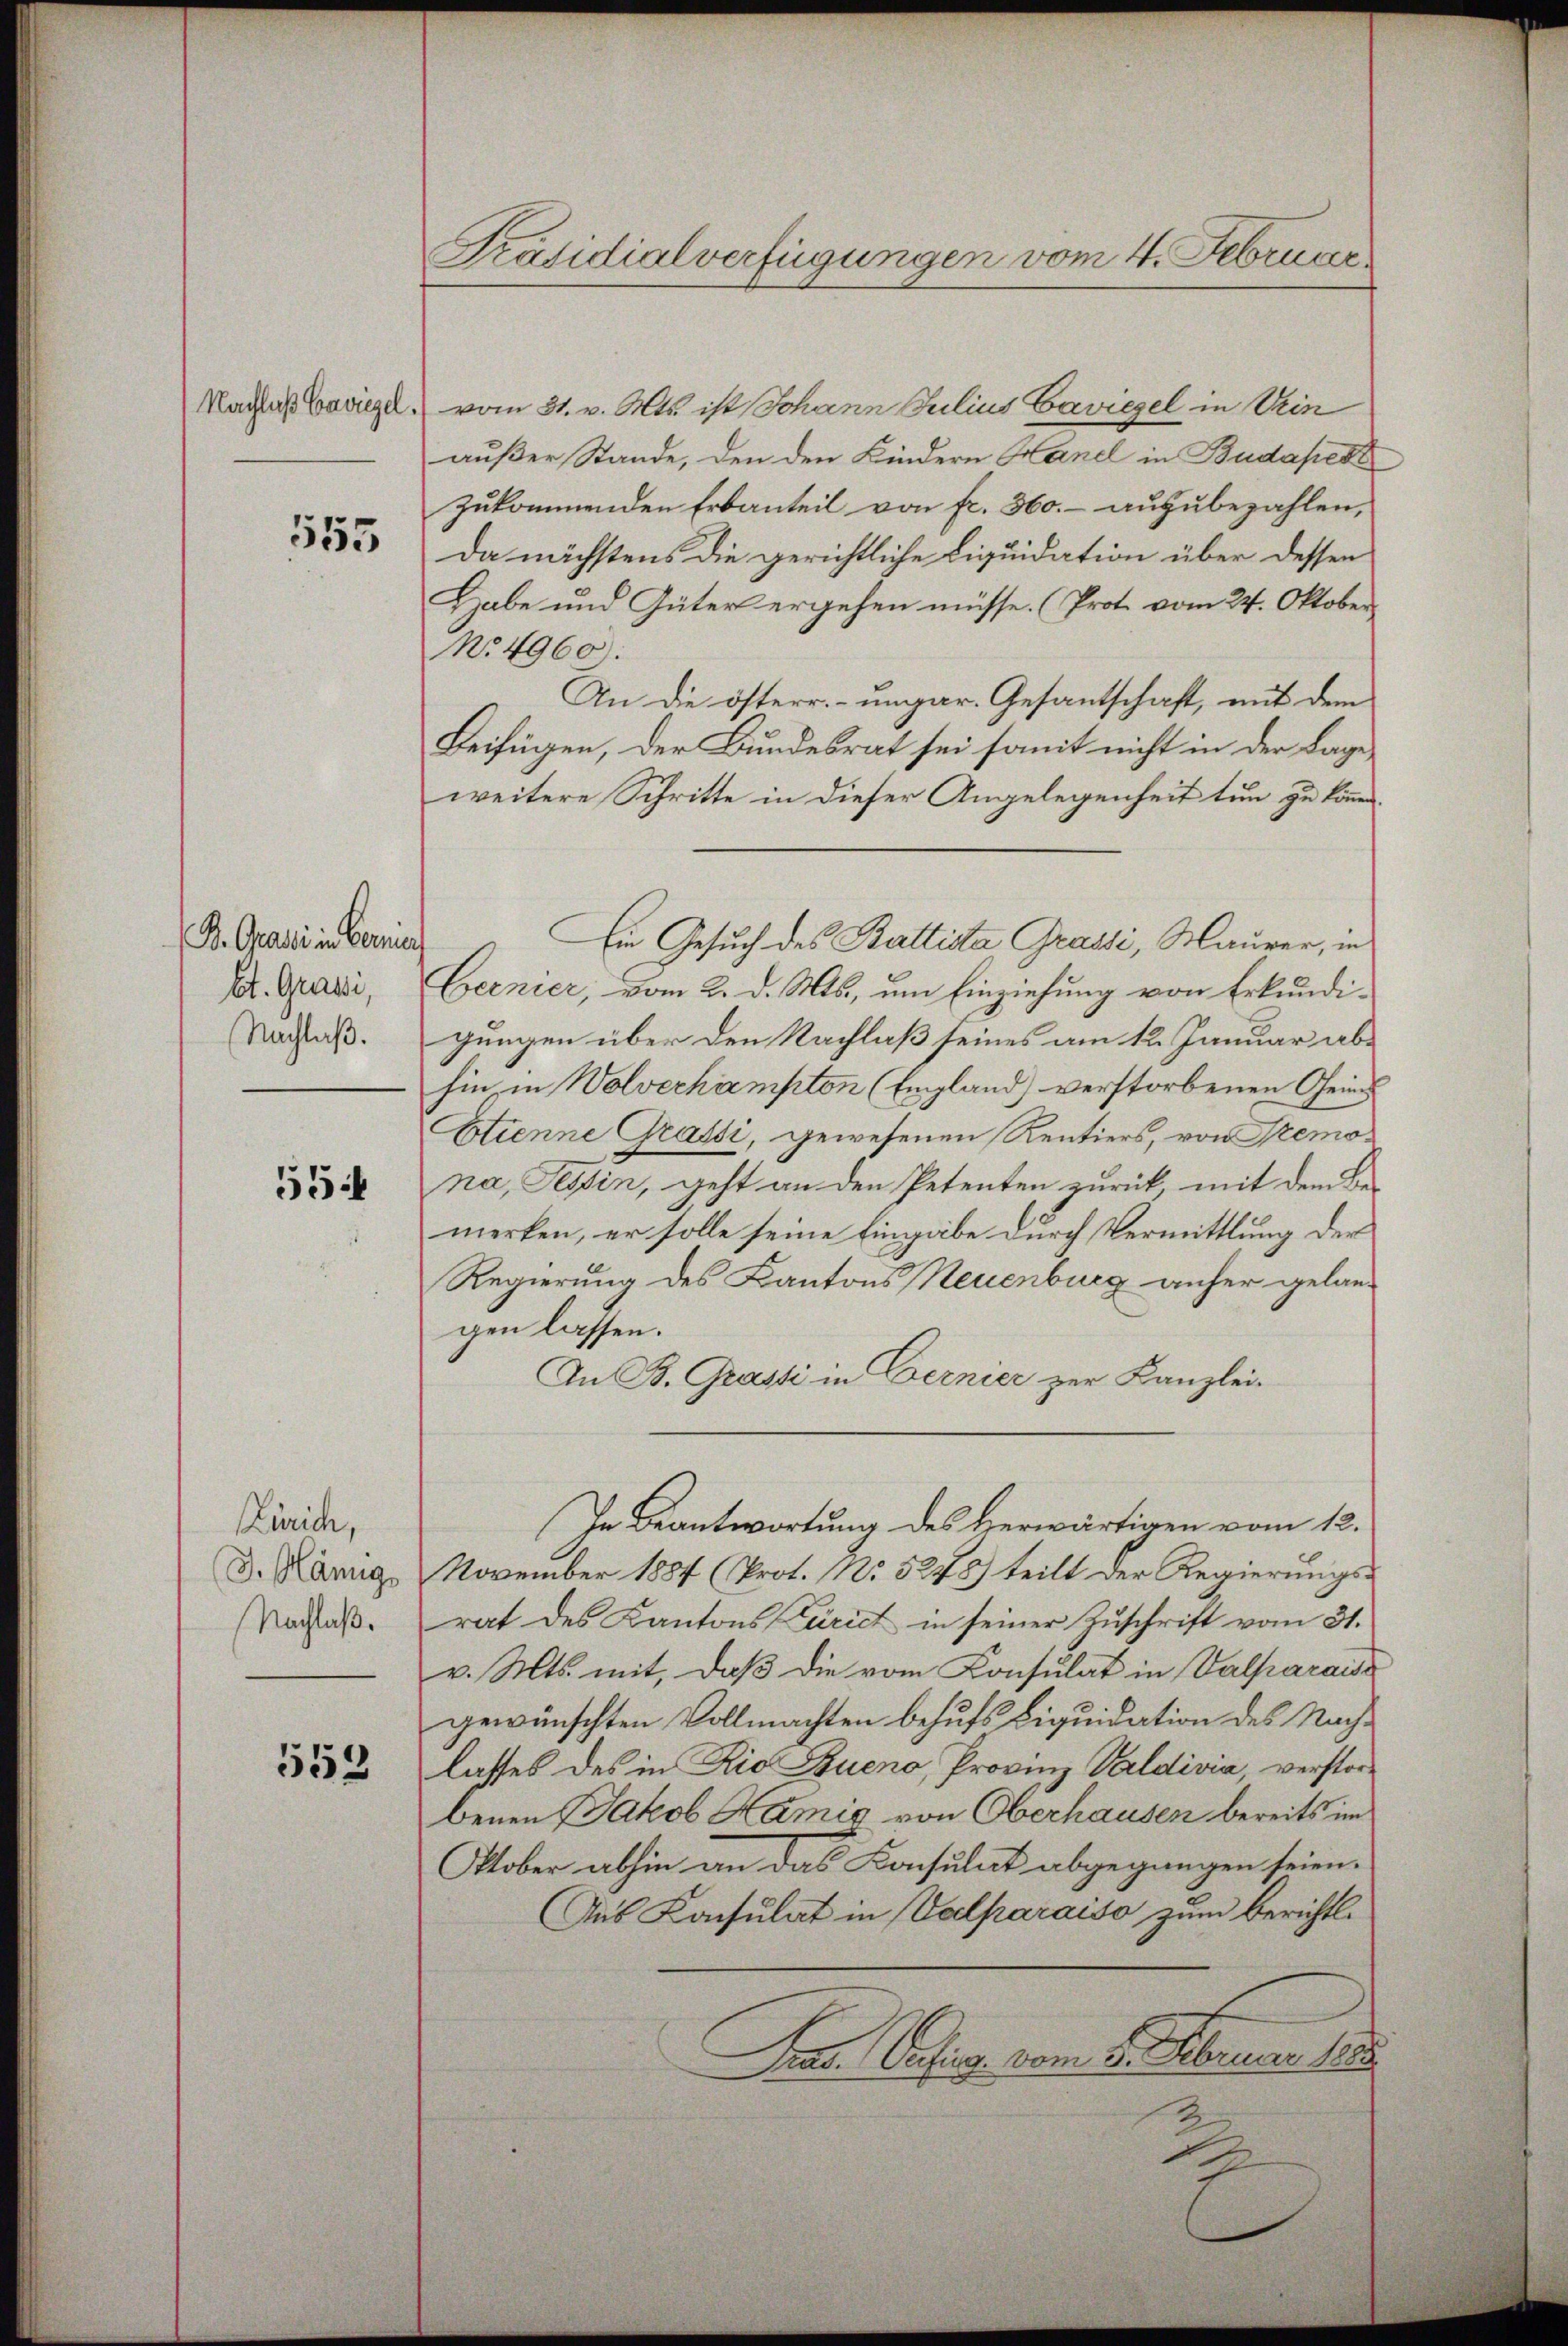
Nachlaß Baviegel.

555

B. Grani in Bernie
Et. Grassi,
Nachlaß.

55

Zürich,
J. Hänng
Nachlaß.

553

Präsidialverfügungen vom 4. Februar.

vom 31. v. Mts. ist Johann Julius Caviegel in Urin
außer Stande, den den Kindern Handl in Budapest
zukommenden Erbanteil von fr. 360.- auzubezahlen,
Da nächstens die gerichtliche Liquidation über dessen
Habe und Güter ergehen müsse. (Prot. vom 24. Oktober
No. 4960):
An die österr.-ungar. Gesantschaft, mit dem
Beifügen, der Bundesrat sei somit nicht in der Lage
weitere Schritte in dieser Angelegenheit tun zu können.
Ein Gesuch des Battista Grassi, Maurer, in
Bernier, vom 2. d. Mts., um Einziehung von Erkundigungen über den Nachlaß seines am 12. Januar abhin in Wolverhampton (Eigland) verstorbenen Geis
Etienne Grassi, gewesenen Rentiers, von Tremona, Tessin, geht an den Petenten zurück, mit dem Be-
merken, er solle seine Eingabe durch Vermittlung der
Regierung des Kantons Neuenburg anher gelangen lassen.
An B. Grasti in Bernier zur Kanzlei-
In Beantwortung des herwärtigen vom 12.
November 1884 (Prot. No 5248) teilt der Regierungsrat des Kantons Zürich in seiner Zŭschrift vom 31.
v. Mts. mit, daβ die vom Consulat in Valparaise
gewünschten Vollmachten behufs Liquidation des Nachlasses des in Rio Bueno, Provinz Valdivia, verstorbenen Jakob Kamis von Oberhausen bereits im
Otober abhin an das Konsulat abgegangen seien.
Aus Konsulat in Valparaiso zum berichtl.
Pras. Versieg. vom 5. Februar 1885
2